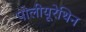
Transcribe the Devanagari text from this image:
पोलीयूरेथिन